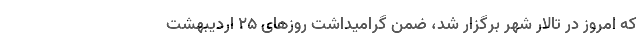
که امروز در تالار شهر برگزار شد، ضمن گرامیداشت روزهای ۲۵ اردیبهشت